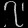
Digit: ၇